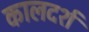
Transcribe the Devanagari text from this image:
कालदर्श